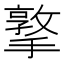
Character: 撉